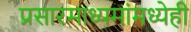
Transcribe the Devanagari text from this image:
प्रसारमाध्यमांमध्येही